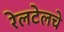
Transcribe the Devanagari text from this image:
रेलटेलचे